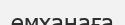
емханаға